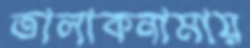
তালাকনামায়